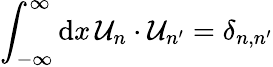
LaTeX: \int_{-\infty}^{\infty}\mathrm{d}x\, \mathcal{{U}}_{n}\cdot\mathcal{{U}}_{n^{\prime}}=\delta_{n,n^{\prime}}